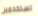
تستخدمين